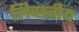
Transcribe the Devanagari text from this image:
लिच्छवीय